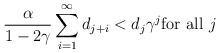
LaTeX: \begin{align*}\frac{\alpha }{1-2\gamma }\sum_{i=1}^{\infty }d_{j+i}<d_{j}\gamma ^{j}\text{for all }j \end{align*}